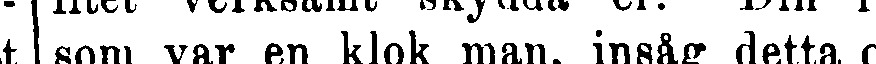
t | som var en klok man, insåg detta c